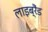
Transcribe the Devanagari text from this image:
लाइब्रैंड